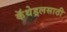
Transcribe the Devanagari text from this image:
कॅथेड्रलसाठी